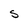
Character: s